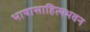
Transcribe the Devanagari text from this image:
भाषासाहित्यभवन